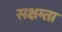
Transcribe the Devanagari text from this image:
सक्षम्ता